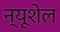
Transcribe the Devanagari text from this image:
न्यूशेल